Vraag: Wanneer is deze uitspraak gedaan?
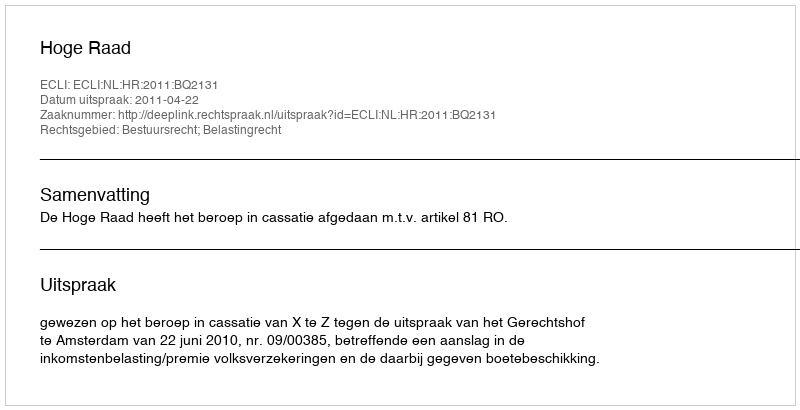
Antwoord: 2011-04-22